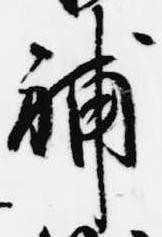
補